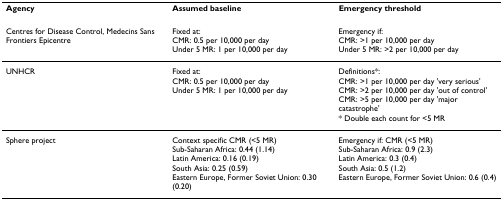
<table><thead><tr><td><b>Agency</b></td><td><b>Assumed baseline</b></td><td><b>Emergency threshold</b></td></tr></thead><tbody><tr><td>Centres for Disease Control, Medecins Sans Frontiers Epicentre</td><td>Fixed at:CMR: 0.5 per 10,000 per dayUnder 5 MR: 1 per 10,000 per day</td><td>Emergency if:CMR: &gt;1 per 10,000 per dayUnder 5 MR: &gt;2 per 10,000 per day</td></tr><tr><td>UNHCR</td><td>Fixed at:CMR: 0.5 per 10,000 per dayUnder 5 MR: 1 per 10,000 per day</td><td>Definitions*:CMR: &gt;1 per 10,000 per day &#x27;very serious&#x27;CMR: &gt;2 per 10,000 per day &#x27;out of control&#x27;CMR: &gt;5 per 10,000 per day &#x27;major catastrophe&#x27;* Double each count for &lt;5 MR</td></tr><tr><td>Sphere project</td><td>Context specific CMR (&lt;5 MR)Sub-Saharan Africa: 0.44 (1.14)Latin America: 0.16 (0.19)South Asia: 0.25 (0.59)Eastern Europe, Former Soviet Union: 0.30 (0.20)</td><td>Emergency if: CMR (&lt;5 MR)Sub-Saharan Africa: 0.9 (2.3)Latin America: 0.3 (0.4)South Asia: 0.5 (1.2)Eastern Europe, Former Soviet Union: 0.6 (0.4)</td></tr></tbody></table>